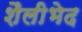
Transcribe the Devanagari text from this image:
शैलीभेद